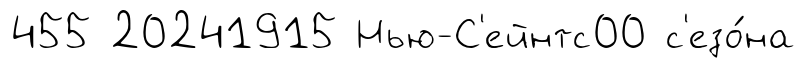
455 20241915 Нью-С'ейнтс00 с'езо́на